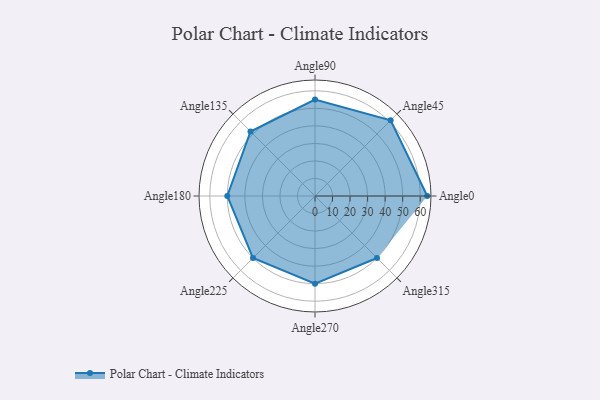
{"axis": {"x": "Angle", "y": "Radius"}, "legend": [""], "data": [{"x": "Angle0", "y": 64.0, "type": ""}, {"x": "Angle45", "y": 61.0, "type": ""}, {"x": "Angle90", "y": 55.0, "type": ""}, {"x": "Angle135", "y": 52.0, "type": ""}, {"x": "Angle180", "y": 50, "type": ""}, {"x": "Angle225", "y": 50, "type": ""}, {"x": "Angle270", "y": 50, "type": ""}, {"x": "Angle315", "y": 50, "type": ""}]}